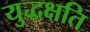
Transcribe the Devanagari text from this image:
युद्धक्षति